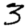
Digit: 3